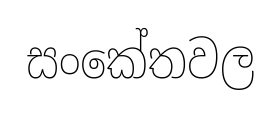
සංකේතවල